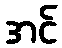
အင်